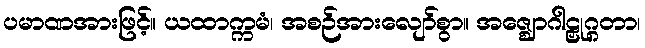
ပမာဏအားဖြင့်။ ယထာက္ကမံ၊ အစဉ်အားလျော်စွာ။ အဇ္ဈောဂါဠှုဂ္ဂတာ၊